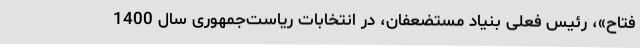
فتاح»، رئیس فعلی بنیاد مستضعفان، در انتخابات ریاست‌جمهوری سال 1400